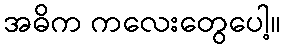
အဓိက ကလေးတွေပေါ့။